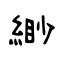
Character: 緲